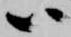
ハ